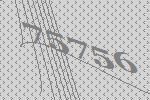
75756